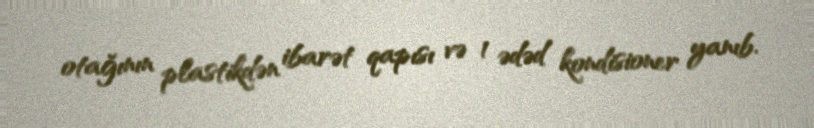
otağının plastikdən ibarət qapısı və 1 ədəd kondisioner yanıb.